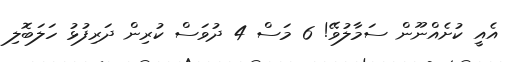
އެއީ ކުށެއްނޫން ސަމާލުވޭ! 6 މަސް 4 ދުވަސް ކުރިން ދަރިފުޅު ހަލަބޮލި